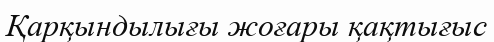
Қарқындылығы жоғары қақтығыс